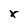
Character: X